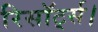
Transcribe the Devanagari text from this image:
रिसॉर्ट्स।